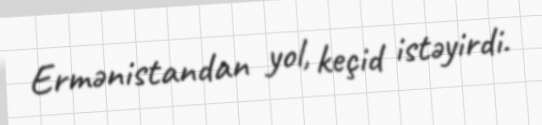
Ermənistandan yol, keçid istəyirdi.